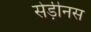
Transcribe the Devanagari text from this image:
सेड़ीनस